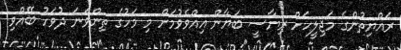
ރައްޔިތުންގެ މަޖިލީހަށް ރިޔާސީ ބަޔާން އިއްވެވުމަށް މި މަހުގެ ތިންވަނަ ދުވަހު ބޭއްވި